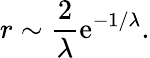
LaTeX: r\sim\frac{2}{\lambda}\mathrm{e}^{-1/\lambda}.